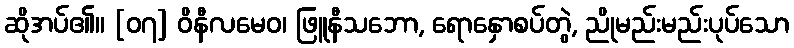
ဆိုအပ်၏။ [၀၇] ဝိနီလမေဝ၊ ဖြူနီသဘော, ရောနှောစပ်တွဲ, ညိုမည်းမည်းပုပ်သော